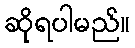
ဆိုရပါမည်။